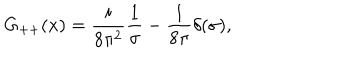
G _ { + + } ( x ) = { \frac { i } { 8 \pi ^ { 2 } } } { \frac { 1 } { \sigma } } - { \frac { 1 } { 8 \pi } } \delta ( \sigma ) , \nonumber